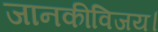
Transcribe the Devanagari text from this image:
जानकीविजय।